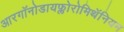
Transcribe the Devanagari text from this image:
आरगॉनोडायफ्लोरोमिथॅनियम